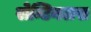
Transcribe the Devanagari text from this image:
सेन्टिनलस